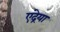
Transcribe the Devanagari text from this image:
एंद्रेया